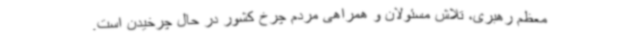
معظم رهبری، تلاش مسئولان و همراهی مردم چرخ کشور در حال چرخیدن است.